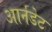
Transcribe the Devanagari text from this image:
आर्नडेट